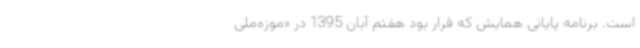
است. برنامه‌ پایانی همایش که قرار بود هفتم آبان 1395 در «موزه‌ملی